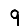
Digit: 9